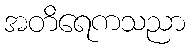
အတိရေကသညာ